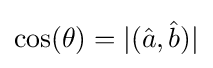
\cos(\theta )=|({\hat {a}},{\hat {b}})|